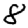
Digit: 8